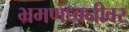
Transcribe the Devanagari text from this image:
भ्रमणध्वनीवर